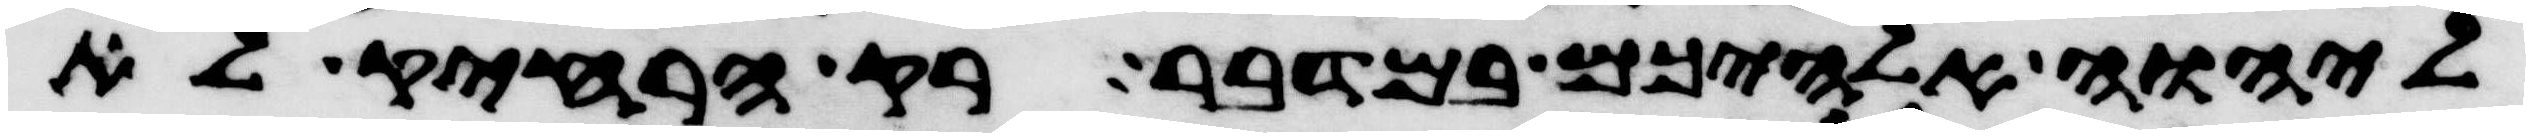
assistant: ליהוה אלהיכם במדבר רק הרחיק לא